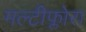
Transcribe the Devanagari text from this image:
मल्टीफ्लोरा